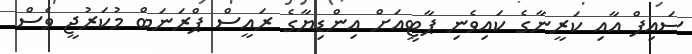
ސައިފް އާއި ކަރީނާގެ ކައިވެނި ޕާޓީއަށް އިންޑިޔާގެ ރައީސް ޕްރަނަބް މުކަރުޖީ ވެސް